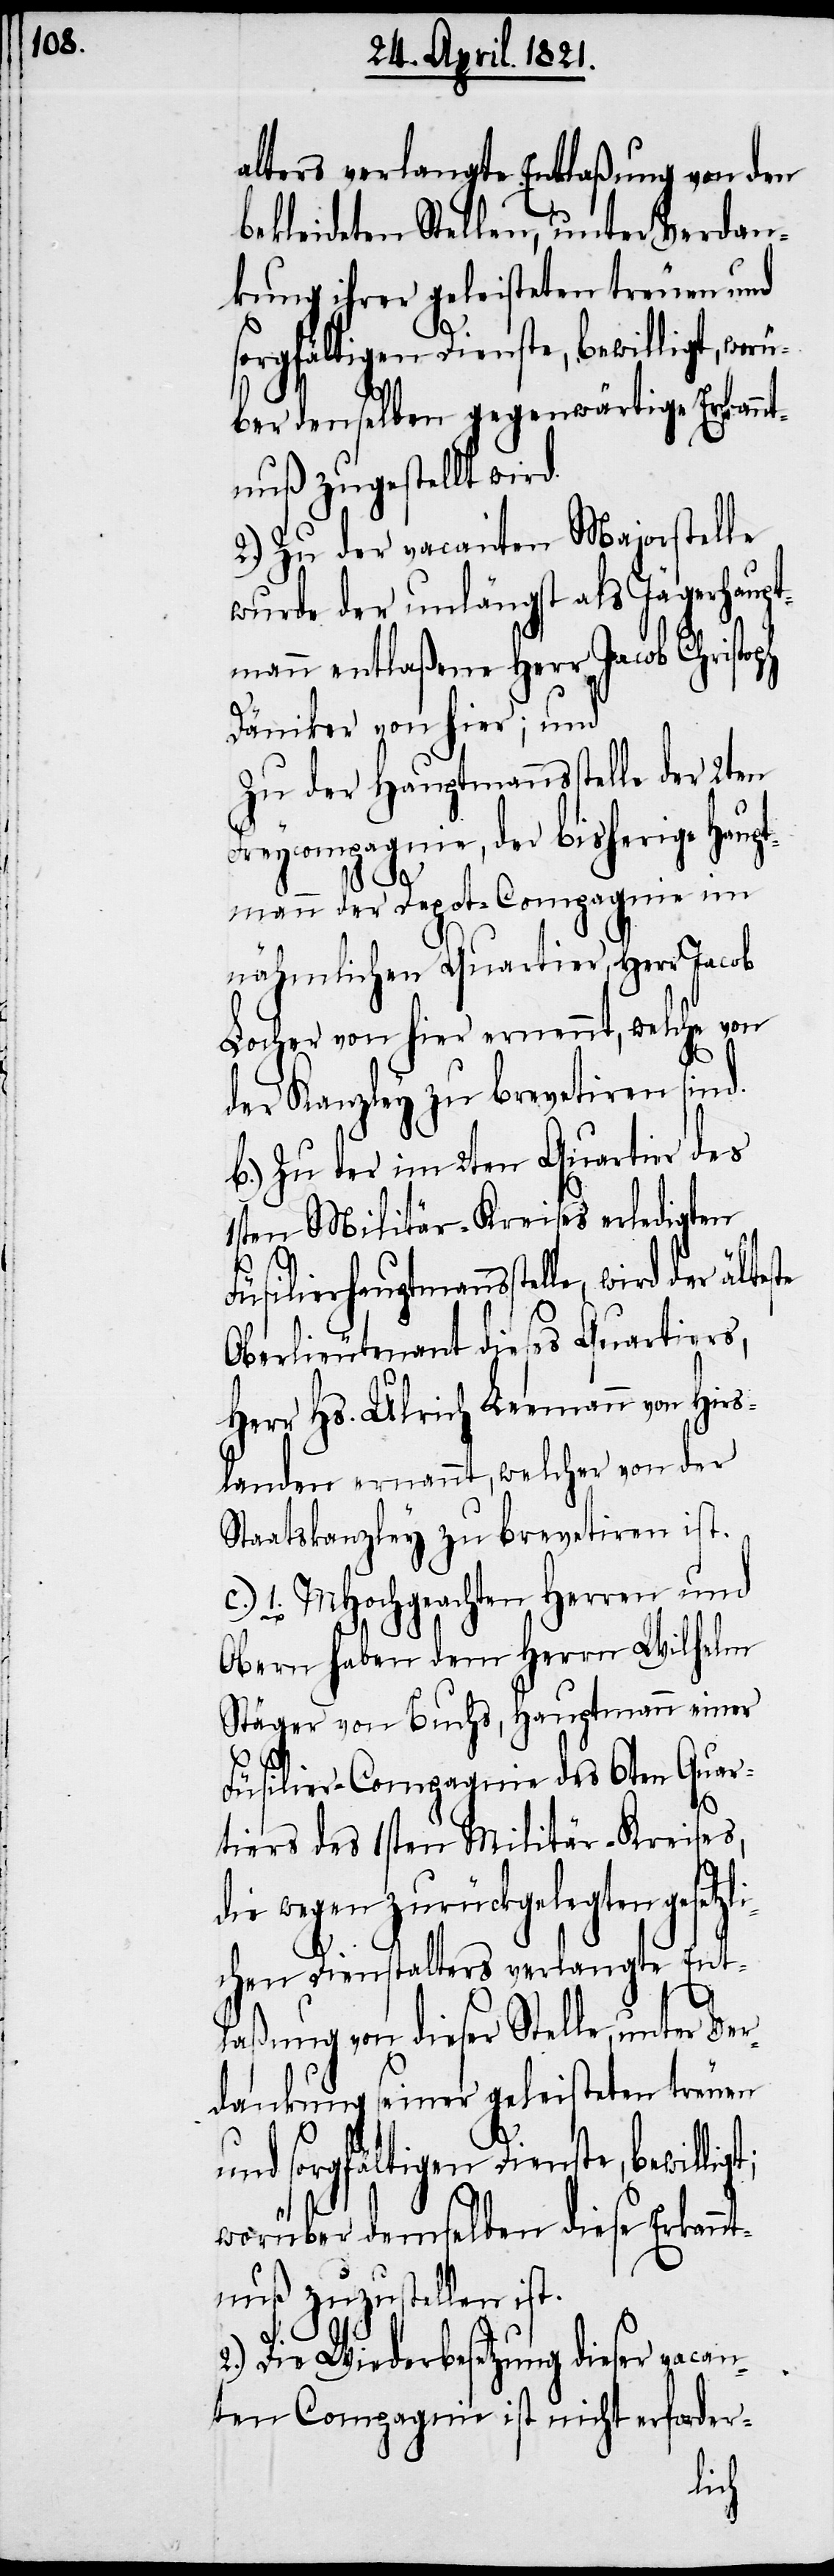
alters verlangte Entlaßung von den
bekleideten Stellen, unter Verdan¬
kung ihrer geleisteten treuen und
sorgfältigen Dienste, bewilligt;
über denselben gegenwärtige Erkannt¬
nuß zugestellt wird.
2.) Zu der vacanten Majorstelle
wurde der unlängst als Jägerhaupt¬
mann entlaßene Herr Jacob Christoph
Däniker von hier; und
Zu der Hauptmannsstelle der 2ten
Freycompagnie, der bisherige Haup¬
tmann der Depot-Compagnie im
nähmlichen Quartier, Herr Jacob
Locher von hier ernennt, welche von
der Kanzley zu brevetiren sind.
b.) Zu der im 2ten Quartier des
1sten Militär-Kreises erledigten
Füsilierhauptmannsstelle, wird der
Oberlieutenant dieses Quartiers,
Herr Hs. Ulrich Leemann von Hirs¬
landen ernannt, welcher von der
Staatskanzley zu brevetiren ist.
c.) 1. MHochgeachten Herren und
Obern haben dem Herrn Wilhelm
Stäger von Buchs, Hauptmann einer
Füsilier-Compagnie des 6ten Quar¬
tiers des 1sten Militär-Kreises,
wegen zurückgelegten gesetz¬
chen Dienstalters verlangte Ent¬
laßung von dieser Stelle, unter Ve¬
rdankung seiner geleisteten treuen
worüber demselben diese Erkannt¬
nuß zuzustellen ist.
2.) Die Wiederbesetzung dieser vacan¬
ten Compagnie ist nicht erforder-
li¬